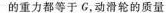
的重力都等于G，动滑轮的质量